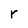
Character: r